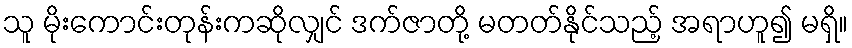
သူ မိုးကောင်းတုန်းကဆိုလျှင် ဒက်ဇာတို့ မတတ်နိုင်သည့် အရာဟူ၍ မရှိ။